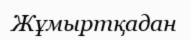
Жұмыртқадан